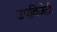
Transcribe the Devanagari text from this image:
उपविजेती